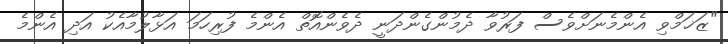
"ޒަޚަމްވި އެންމެނަށްވެސް ފަރުވާ ދެމުންގެންދަނީ ދެވެންއޮތް އެންމެ ފުރިހަމަ އަޅާލުމާއެކު އަދި އެންމެ